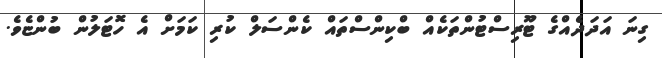
ގިނަ އަދަދެއްގެ ޓޫރިސްޓުންތަކެއް ބްކިންސްތައް ކެންސަލް ކުރި ކަމަށް އެ ހޮޓަލުން ބުންޏެވެ.